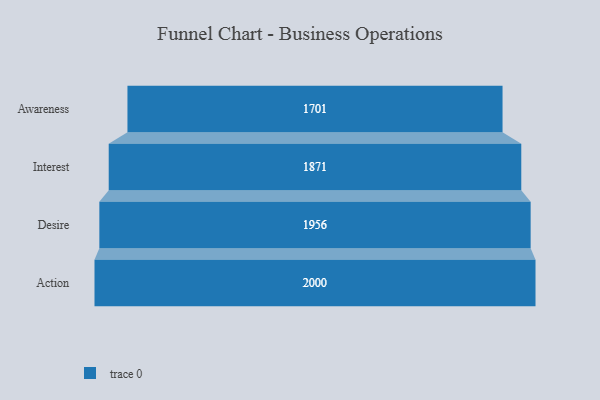
{"axis": {"x": "Stage", "y": "Value"}, "legend": [""], "data": [{"x": "Awareness", "y": 1701.0, "type": ""}, {"x": "Interest", "y": 1871.0, "type": ""}, {"x": "Desire", "y": 1956.0, "type": ""}, {"x": "Action", "y": 2000, "type": ""}]}